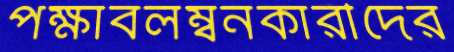
পক্ষাবলম্বনকারীদের